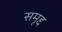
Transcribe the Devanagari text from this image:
समृद्द